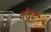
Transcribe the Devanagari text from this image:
सेलूट